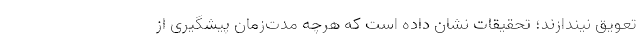
تعویق نیندازند؛ تحقیقات نشان داده است که هرچه مدت‌‌زمان پیشگیری از